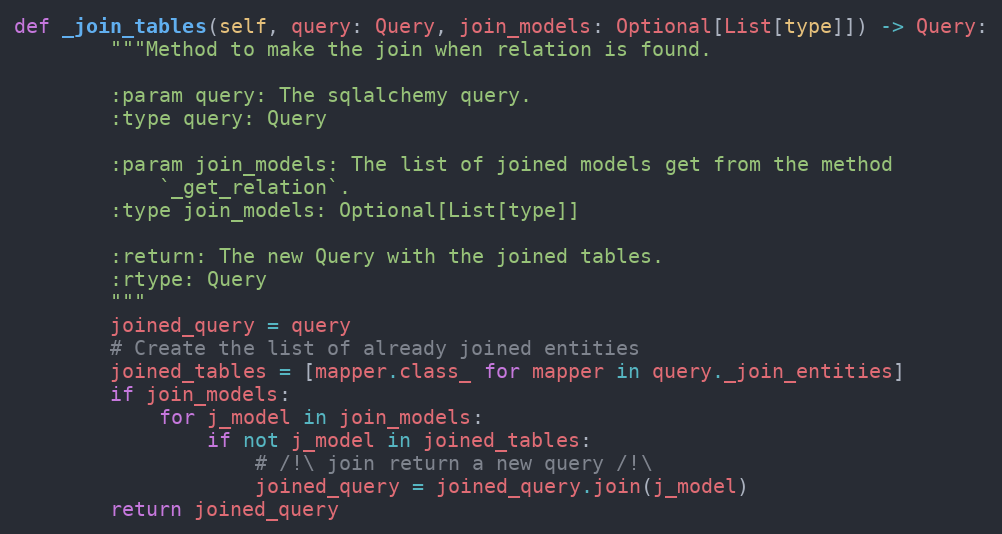
Language: Python
def _join_tables(self, query: Query, join_models: Optional[List[type]]) -> Query:
        """Method to make the join when relation is found.

        :param query: The sqlalchemy query.
        :type query: Query

        :param join_models: The list of joined models get from the method
            `_get_relation`.
        :type join_models: Optional[List[type]]

        :return: The new Query with the joined tables.
        :rtype: Query
        """
        joined_query = query
        # Create the list of already joined entities
        joined_tables = [mapper.class_ for mapper in query._join_entities]
        if join_models:
            for j_model in join_models:
                if not j_model in joined_tables:
                    # /!\ join return a new query /!\
                    joined_query = joined_query.join(j_model)
        return joined_query